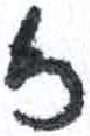
אות: ז